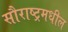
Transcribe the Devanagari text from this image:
सौराष्ट्रमधील